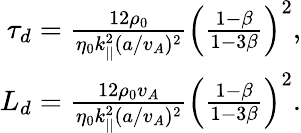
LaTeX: \begin{array}{r}{\tau_{d}=\frac{12\rho_{0}}{\eta_{0}k_{||}^{2}(a/v_{A})^{2}}\left(\frac{1-\beta}{1-3\beta}\right)^{2},}\\ {L_{d}=\frac{12\rho_{0}v_{A}}{\eta_{0}k_{||}^{2}(a/v_{A})^{2}}\left(\frac{1-\beta}{1-3\beta}\right)^{2}.}\end{array}